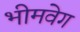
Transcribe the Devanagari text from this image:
भीमवेग